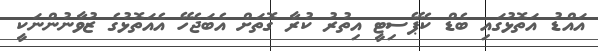
އައްޑު އަތޮޅުގައި ބެޑް ކެޕޭސިޓީ އިތުރު ކުރާ ގޮތަށް އެބަޖެހޭ އެއަތޮޅުގެ ޒުވާނުންނަކީ